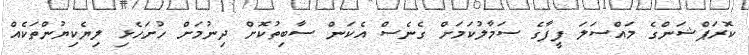
ކޮރަޕްޝަންގެ މައްސަލަ ފީފާގެ ސަމާލުކަމަށް ގެނެސް އެކަން ސާބިތުކޮށް ދިނުމަށް ހުށަހެޅި ލިޔެކިޔުންތަކެއް